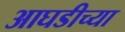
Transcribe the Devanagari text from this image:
आघडीच्या